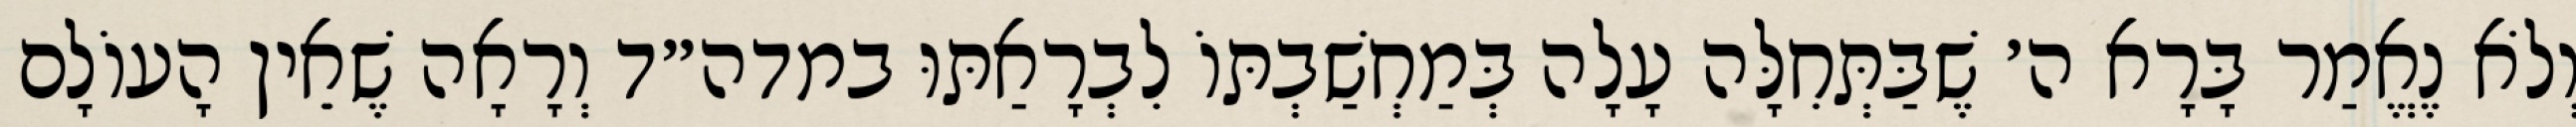
וְלֹא נֶאֱמַר בָּרָא ה׳ שֶׁבַּתְּחִלָּה עָלָה בְּמַחְשַׁבְתּוֹ לִבְרָאַתּוּ במדה״ד וְרָאָה שֶׁאֵין הָעוֹלָם